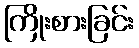
ကြိုးစားခြင်း